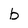
Character: b